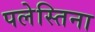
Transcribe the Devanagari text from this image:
पलेस्तिना